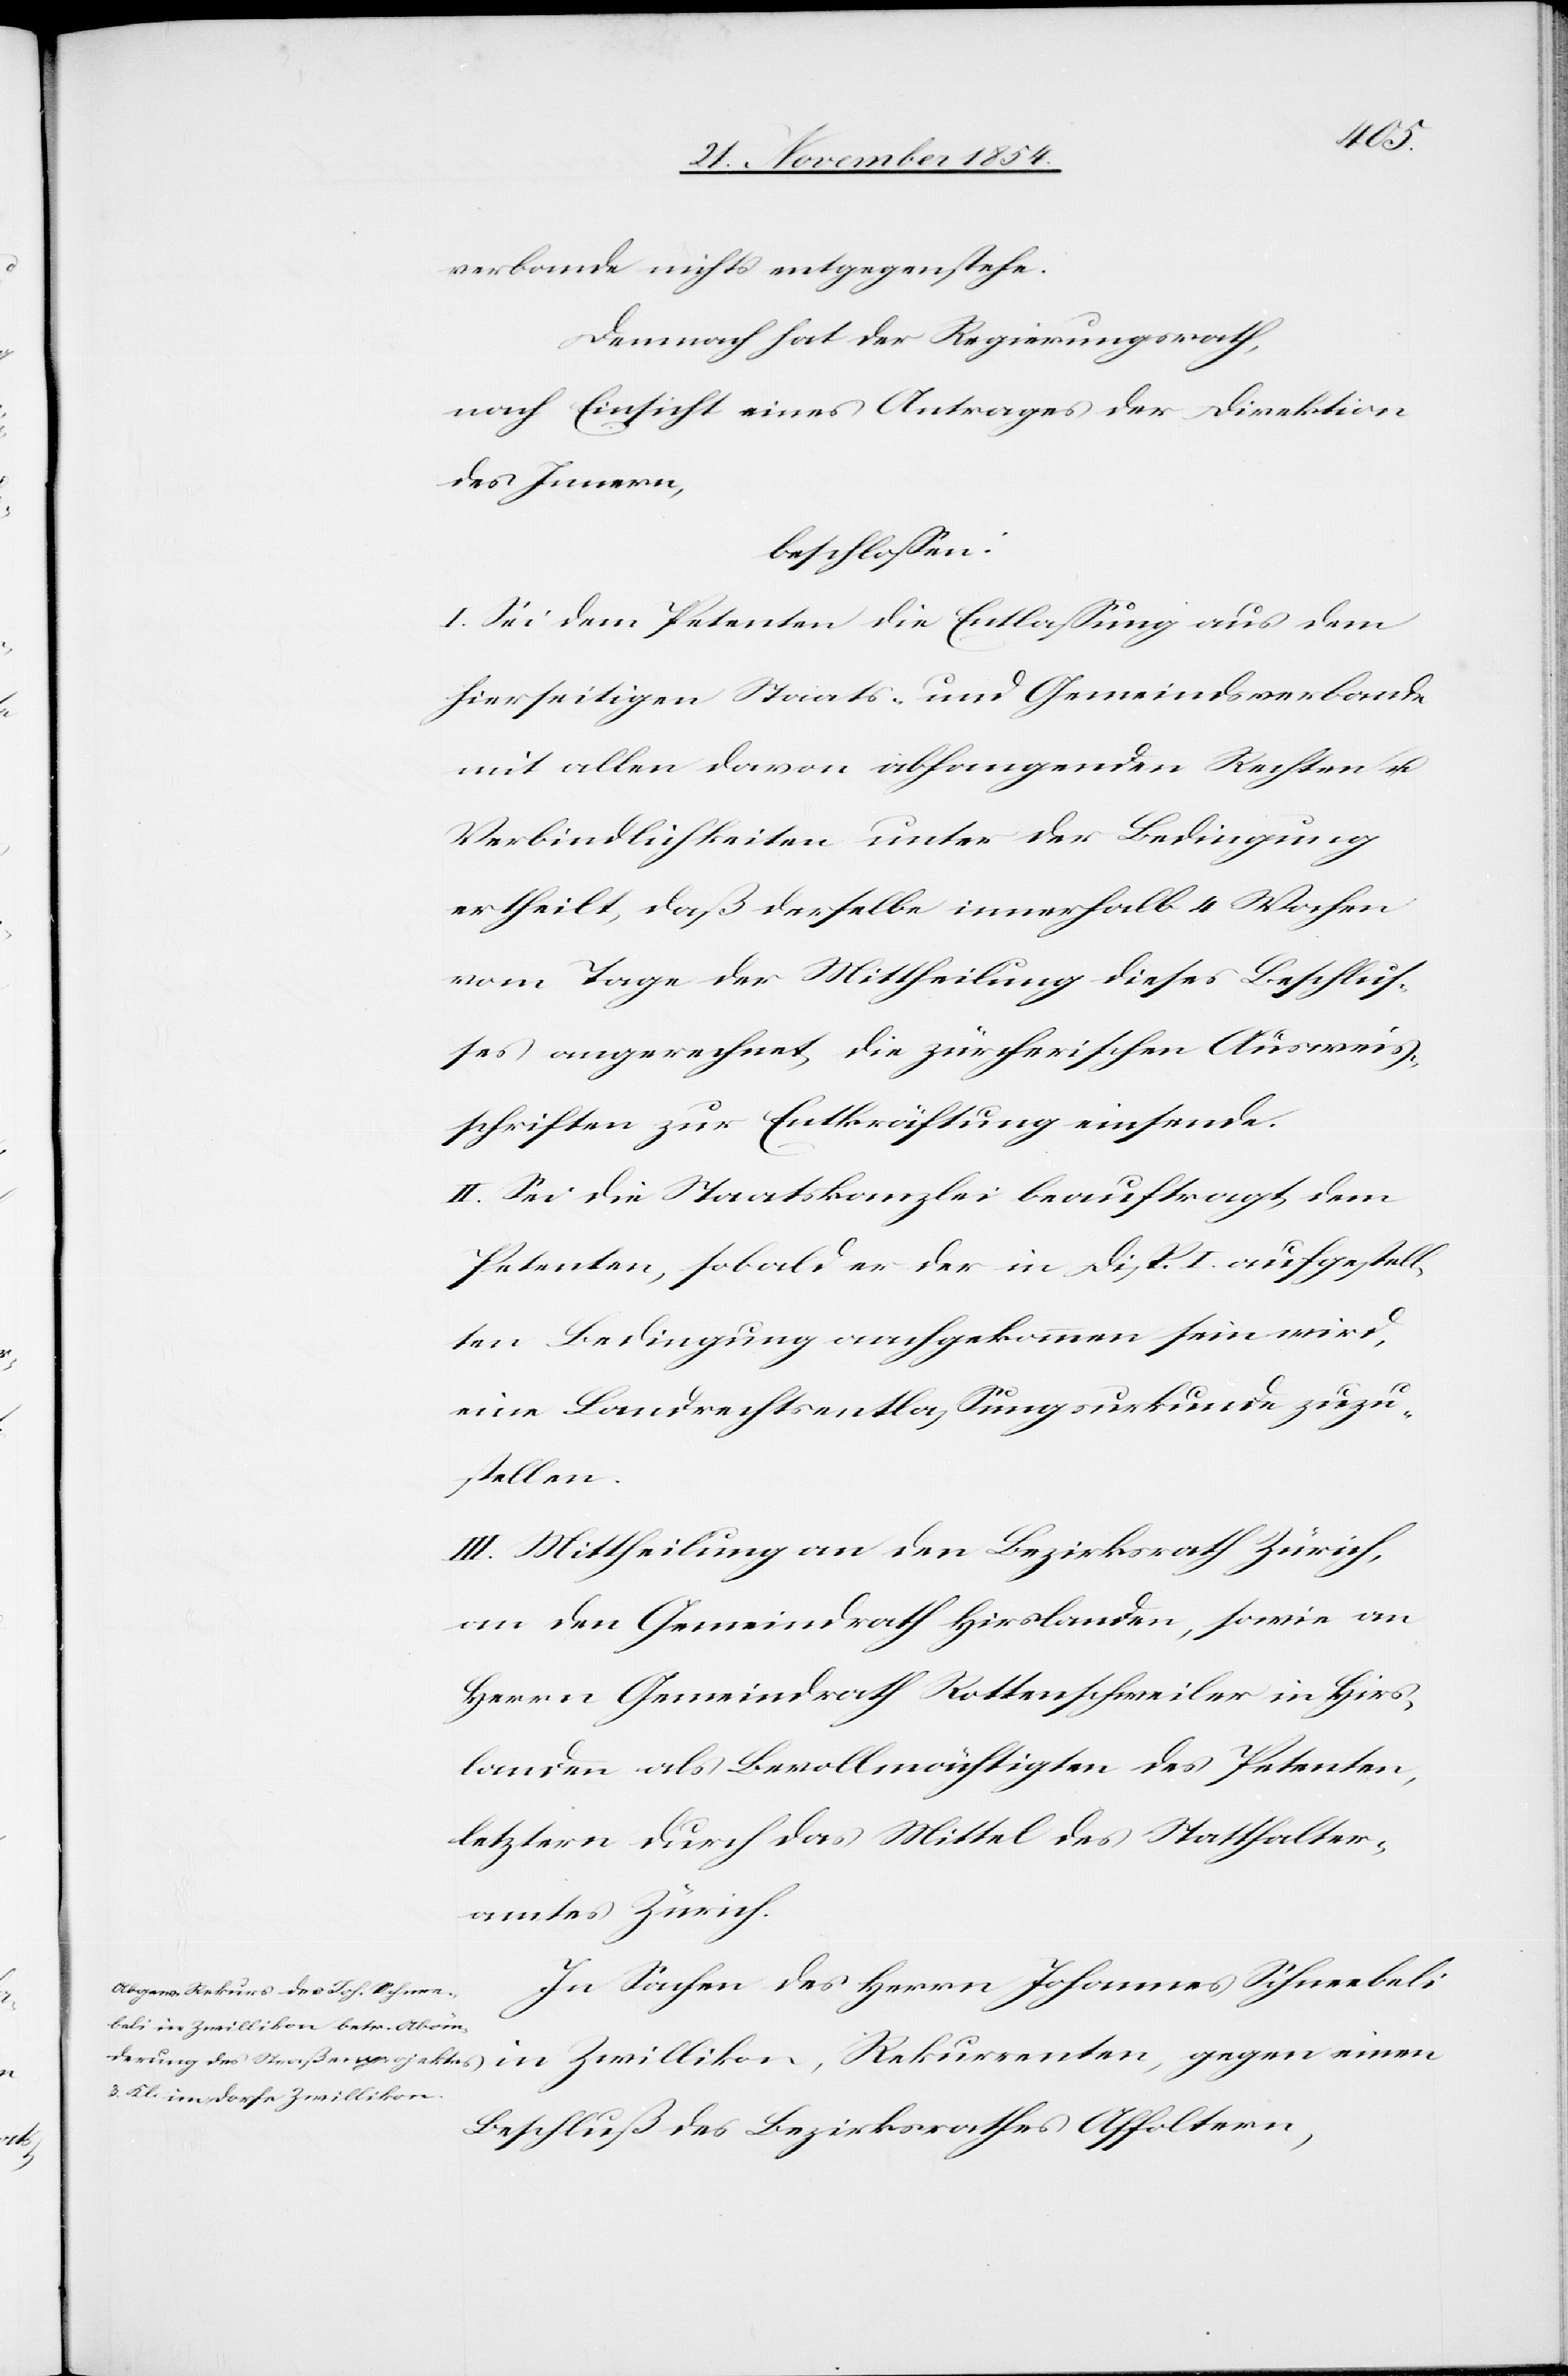
verbande nichts entgegenstehe.
Demnach hat der Regierungsrath
nach Einsicht eines Antrages der Direktion
des Innern,
beschloßen:
I. Sei dem Petenten die Entlaßung aus dem
hierseitigen Staats- und Gemeindsverbande
mit allen davon abhangenden Rechten u.
Verbindlichkeiten unter der Bedingung
ertheilt, daß derselbe innerhalb 4 Wochen
vom Tage der Mittheilung dieses Beschluß¬
es angerechnet, die zürcherischen Ausweis¬
schriften zur Entkräftigung einsende.
II. Sei die Staatskanzlei beauftragt, dem
Petenten, sobald er der in Disp. I aufgestell¬
ten Bedingung nachgekommen sein wird,
eine Landrechtsentlaßungsurkunde zuzu¬
einen
III. Mittheilung an den Bezirksrath Zürich,
an den Gemeindrath Hirslanden, sowie an
Herrn Gemeindrath Rottenschweiler in Hirs¬
landen als Bevollmächtigten des Petenten,
letztern durch das Mittel des Statthalter¬
amtes Zürich.
In Sachen des Herrn Johannes Schneebeli
Beschluß des Bezirksrathes Affoltern,